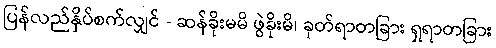
ပြန်လည်နှိပ်စက်လျှင် - ဆန်ခိုးမမိ ဖွဲခိုးမိ၊ ခုတ်ရာတခြား ရှရာတခြား